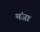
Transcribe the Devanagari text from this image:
मंजा